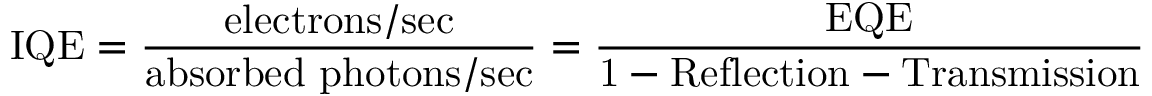
{ \mathrm { I Q E } } = { \frac { \mathrm { e l e c t r o n s / s e c } } { \mathrm { a b s o r b e d ~ p h o t o n s / s e c } } } = { \frac { \mathrm { E Q E } } { \mathrm { 1 - R e f l e c t i o n - T r a n s m i s s i o n } } }